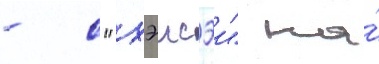
- с "хэисэи" на́